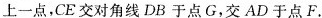
上一点，CE交对角线DB于点G，交AD于点F。